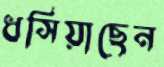
ধসিয়াছেন